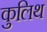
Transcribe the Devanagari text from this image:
कुलिथ